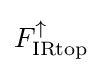
{\textstyle F_{\text{IRtop}}^{\uparrow }}